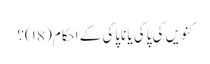
کنویں کی پاکی یا ناپاکی کے احکام( ۱8)؟